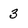
Character: 3